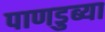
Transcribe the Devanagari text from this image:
पाणडुब्या